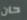
حان